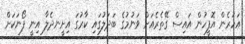
އަހަރެން އޮފީހުން އައިސް ގޭތެރެއަށް ވަނުމުގެ ބަދަލުގައި ކާރުގަ އިށީނދެލާ އިނީ ފޯނަކަށް